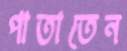
পাতাতেন